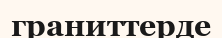
граниттерде